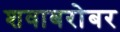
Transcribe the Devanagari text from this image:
शवाबरोबर